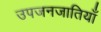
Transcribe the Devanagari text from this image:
उपजनजातियाँ